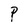
Character: P